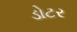
ડોટર